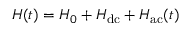
H ( t ) = H _ { 0 } + H _ { \mathrm { d c } } + H _ { \mathrm { a c } } ( t )